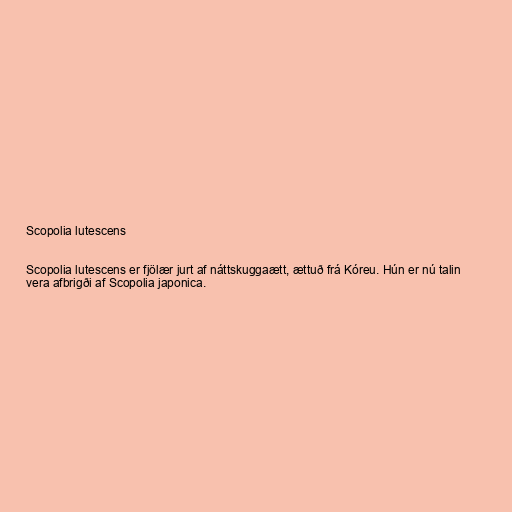
Scopolia lutescens

Scopolia lutescens er fjölær jurt af náttskuggaætt, ættuð frá Kóreu. Hún er nú talin
vera afbrigði af Scopolia japonica.